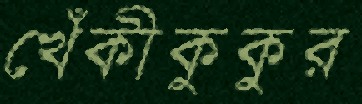
খেঁকীকুকুর